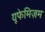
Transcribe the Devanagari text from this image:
यूफेमिज़म